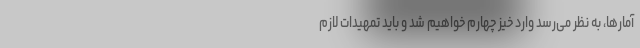
آمارها، به نظر می‌رسد وارد خیز چهارم خواهیم شد و باید تمهیدات لازم